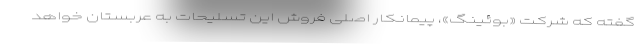
گفته که شرکت «بوئینگ»، پیمانکار اصلی فروش این تسلیحات به عربستان خواهد